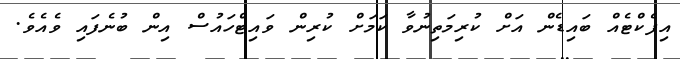
އިފެކްޓެއް ބައިޑެން އަށް ކުރިމަތިނުވާ ކަމަށް ކުރިން ވައިޓްހައުސް އިން ބުނެފައި ވެއެވެ.